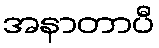
အနာတာပီ